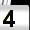
Digit: 4